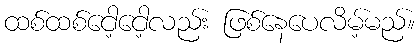
ထစ်ထစ်ငေါ့ငေါ့လည်း ဖြစ်နေပေလိမ့်မည်။